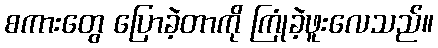
စကားတွေ ပြောခဲ့တာကို ကြုံခဲ့ဖူးလေသည်။